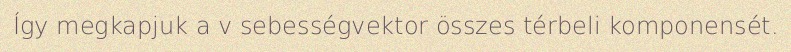
Így megkapjuk a v sebességvektor összes térbeli komponensét.